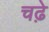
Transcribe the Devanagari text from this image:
चढे़